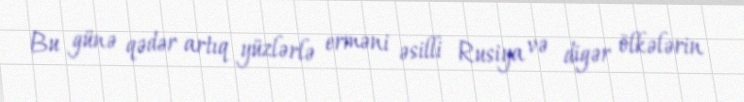
Bu günə qədər artıq yüzlərlə erməni əsilli Rusiya və digər ölkələrin